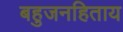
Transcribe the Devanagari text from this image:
बहुजनहिताय